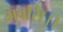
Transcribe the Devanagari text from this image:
भवसि।।